Vaccination in Bombay 1889-1901 - 1889-1901
Year: 1889
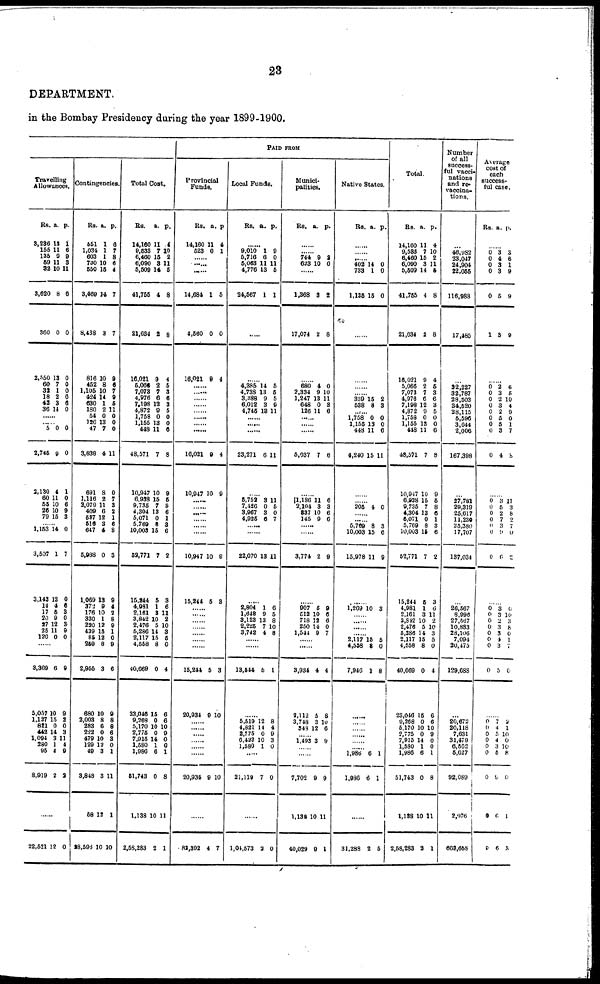
23
DEPARTMENT.
in the Bombay Presidency during the year 1899-1900.
Travelling
Allowances.
Rs.
3,236
155
135
59
32
3,620
360
2,550
60
32
18
42
36
a.
13
11
9
11
10
8
0
13
7
1
2
3
14
p.
1
6
9
3
11
6
0
0
0
0
6
6
0
......
......
5
2,745
2,130
60
55
26
79
0
9
4
11
10
10
15
0
0
1
0
6
9
3
......
1,153
3,507
3,143
14
17
20
27
25
120
14
1
12
4
5
9
12
11
0
0
7
0
6
3
0
3
9
0
......
3,309
5,057
1,127
821
442
1,094
280
95
8,919
6
10
15
0
14
3 1
4
2
9
9
2
0
3
11
4
9
3
......
22,521 12 0
Contingencies.
Rs.
551
1,034
603
730
550
3,469
8,438
816
452
1,105
424
630
180
54
126
47
3,838
691
1,116
2,079
409
527
516
647
5,988
1,069
372
176
330
220
439
85
259
2,955
680
2,003
283
222
479
129
49
3,848
58
28,596
a.
1
1
1
10
15
14
3
10
8
10
14
1
2
0
13
7
4
8
2
11
6
12
3
4
0
13
9
10
1
12
15
12
8
3
10
8
6
0
10
12
3
3
12
10
p.
6
7
8 6
4
7
7
9
6
7 9
5
11
0
0
0
11
0
7
3
2
1
6
8
3
9
4
2
8
9
1
0
9
6
9
8
8
6
3
0
1
11
1
10
Total Cost.
Rs.
14,160
9,633
6,460
6,090
5,509
41,755
21,634
16,021
5,066
7,073
4,976
7,198
4,872
1,758
1,155
448
48,571
10,947
6,938
9,735
4,304
5,071
5,769
10,003
52,771
15,244
4,981
2,161
3,842
2,476
5,286
2,117
4,558
40,669
23,046
9,268
5,170
2,775
7,915
1,580
1,986
51,743
1,138
2,58,283
a.
11
7
15
3
14
4
2
9
2
7
6
12
9
0
13
11
7
10
15
7
13
0
8
15
7
5
1
3
10
5
14
15
8
0
15
0
10
0
14
1
6
0
10
2
p.
4
10
2
11
5
8
8
4
5
3
6
3
5
0 0
6
8
9
5
8
6
1
3
6
2
3
6
11
2
10
3
5 0
4
6
6
10
9
0
0
1
8
11
1
PAID FROM
Provincial
Funds.
Rs.
14,160
523
a.
11
6
p.
4
1
......
......
......
14,684
4,560
16,021
1
0
9
5
0
4
......
......
......
......
......
......
......
......
16,021
10,947
9
10
4
9
......
......
......
......
......
......
10,947
15,214
10
5
9
3
......
......
......
......
......
......
......
15,244
20,934
5
9
3
10
......
......
......
......
......
......
20,934 9 10
......
82,302 4 7
Local Funds.
Rs. a. p.
......
9,010
5,716
5,063
4,776
24,567
1
6
11
13
1
9
0
11
5
1
......
......
4,385
4,738
3,888
6,012
4,745
14
13
9
3
13
5
5
5
9
11
......
......
......
23,271 6 11
......
5,752
7,426
3,967
4,925
3
0
3
6
11 5
0
7
......
......
22,070 13 11
......
2,804
1,648
3,123
2,225
3,742
1
9
13
7
4
6
5
8
10
8
......
......
13,544 5 1
......
5,519
4,821
2,775
6,422
1,580
12
14
0
10
1
8
4
9
3
0
......
21,119 7 0
......
1,04,573 2 0
Munici-
palities.
Rs. a. p.
......
......
744
623
9
10 2
0
......
1,368
17,074
3
2
2
8
......
680
2,334
1,247
648
126
4
9
13
0
11
0
10
11
3
6
......
......
......
5,037 7 6
......
1,186
2,104
837
145
11
3
10
9
6
3
6
6
......
......
3,774 2 9
......
907
512
718
250
1,544
5
10
12
14
9
9
6
6
0
7
......
......
3,934
9,112
3,748
348
4
5
3
12
4
8
10
6
......
1,493 3 9
......
......
7,702
1,138
40,029
9
10
9
9
11
1
Native States.
Rs. a. p.
......
......
......
402
733
1,135
14
1
15
0
0
0
......
......
......
......
339
538
15
8
2
3
......
1,758
1,155
448
4,240
0
13
11
15
0
0
6
11
......
......
205 4 0
......
......
5,769
10,003
15,978
8
15
11
3
6
9
......
1,269 10 3
......
......
......
......
2,117
4,558
7,946
15
8
1
5
0
8
......
......
......
......
......
......
1,986
1,986
6
6
1
1
......
31,288 2 5
Total.
Rs.
14,160
9,533
8,460
6,090
5,509
41,755
21,634
16,021
5,066
7,073
4,976
7,198
4,872
1,758
1,155
448
48,571
10,947
6,938
9,735
4,304
5,071
5,769
10,003
52,771
15,244
4,981
2,161
3,812
2,476
5,286
2,117
4,558
40,669
23,046
9,268
5,170
2,775
7,915
1,580
1,986
51,743
1,138
2,58,283
a.
11
7
15
3
14
4
2
9
2
7
6
12
9
0
13
11
7
10
15
7
13
0
8
15
7
5
1
3
10
5
14
15
8
0
15
0
10
0
14
1
6
0
10
2
p.
4
10
2
11
5
8
8
4
5
3
6
3
5
0
0
6
8
9
5
8
6
1
3
6
2
3
6
11
2
10
3
5
0
4
6
6
10
9
0
0
1
8
11
1
Number
of all
success-
ful vacci-
nations
and re¬
vaccina-
tions.
...
46,982
23,047
24,904
22,055
116,988
17,485
...
32,227
32,787
28,503
34,520
28,115
5,596
3,644
2,006
167,398
...
27,781
29,319
25,617
11,230
25,380
17,707
137,034
...
26,567
8,996
27,567
10,883
28,106
7,094
20,475
129,688
...
20,672
20,118
7,631
31,479
6,562
5,027
92,089
2,976
663,658
Average
cost of
each
success-
ful case.
Rs. a. p.
......
0
0
0
0
0
1
3
4
3
3
5
3
3
6
1
9
9
9
......
0
0
0
0
0
0
0
0
0
2
3
2
3
2
5
5
3
4
6
5
10
4
9
0
1
7
8
......
0
0
0
0
0
0
0
3
5
2
7
3
9
6
11
3
8
2
7
0
2
......
0
0
0
0
0
0
0
0
3
3
2
3
3
4
3
5
0
10
3
8
0
1
7
0
......
0
0
0
0
0
0
0
0
0
7
4
5
4
3
5
9
6
6
2
1
10
0
10
8
0
1
3